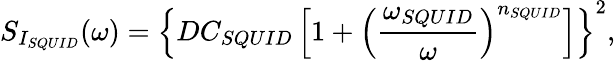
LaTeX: S_{I_{SQUID}}(\omega)=\left\{ DC_{SQUID}\left[1+\left(\frac{\omega_{SQUID}}{\omega}\right)^{n_{SQUID}}\right]\right\} ^{2},